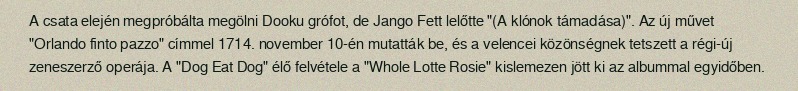
A csata elején megpróbálta megölni Dooku grófot, de Jango Fett lelőtte "(A klónok támadása)". Az új művet "Orlando finto pazzo" címmel 1714. november 10-én mutatták be, és a velencei közönségnek tetszett a régi-új zeneszerző operája. A "Dog Eat Dog" élő felvétele a "Whole Lotte Rosie" kislemezen jött ki az albummal egyidőben.